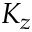
K _ { z }